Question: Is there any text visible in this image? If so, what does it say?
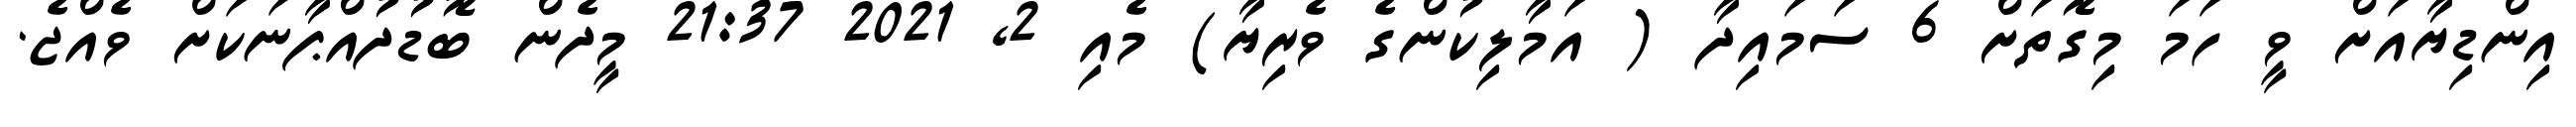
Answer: އިންޑިޔާއަށް ވީ ހަމަ މިގޮތަށް 6 ސަމައިދާ ( އަމާލިކުންގެ ވެރިޔާ) މެއި 2, 2021 21:37 މީދެން ބޮޑުދުއްޕާނަކަށް ވެއްޖެ.